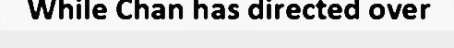
While Chan has directed over